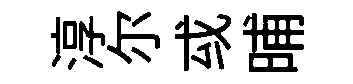
淳尓㦯晡